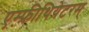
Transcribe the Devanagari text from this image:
एम्फ़ीथियेटरम्